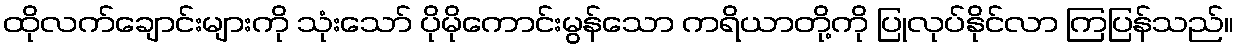
ထိုလက်ချောင်းများကို သုံးသော် ပိုမိုကောင်းမွန်သော ကရိယာတို့ကို ပြုလုပ်နိုင်လာ ကြပြန်သည်။